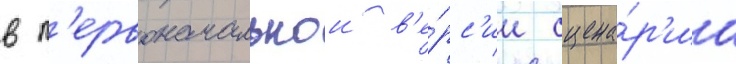
в п'ервоначальнои в'е́рс'ии сцена́р'иа